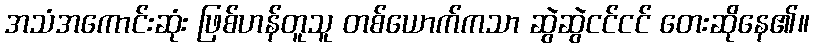
အသံအကောင်းဆုံး ဖြစ်ဟန်တူသူ တစ်ယောက်ကသာ ဆွဲဆွဲငင်ငင် တေးဆိုနေ၏။